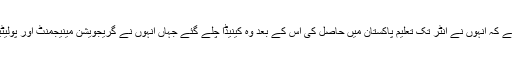
جناب حسین محی الدین قادری کا تعلیمی پس منظر مختصراً یہ ہے کہ انہوں نے انٹر تک تعلیم پاکستان میں حاصل کی اس کے بعد وہ کینیڈا چلے گئے جہاں انہوں نے گریجویشن مینیجمنٹ اور پولیٹیکل سائنس کے موضوع پر York یونیورسٹی ٹورانٹو سے کی۔